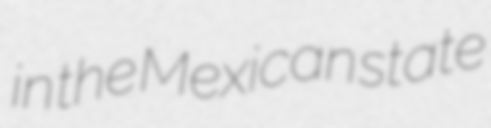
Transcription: in the Mexican state